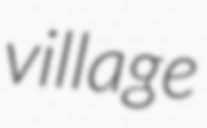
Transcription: village